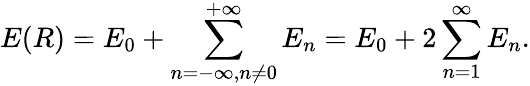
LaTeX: E(R)=E_{0}+\sum_{n=-\infty,n\not=0}^{+\infty}E_{n}=E_{0}+2\sum_{n=1}^{\infty}E_{n}.